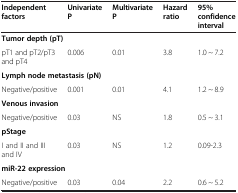
<table><thead><tr><td><b>Independent factors</b></td><td><b>Univariate P</b></td><td><b>Multivariate P</b></td><td><b>Hazard ratio</b></td><td><b>95% confidence interval</b></td></tr></thead><tbody><tr><td colspan="5"><b>Tumor depth (pT)</b></td></tr><tr><td>pT1 and pT2/pT3 and pT4</td><td>0.006</td><td>0.01</td><td>3.8</td><td>1.0 ~ 7.2</td></tr><tr><td colspan="5"><b>Lymph node metastasis (pN)</b></td></tr><tr><td>Negative/positive</td><td>0.001</td><td>0.01</td><td>4.1</td><td>1.2 ~ 8.9</td></tr><tr><td colspan="5"><b>Venous invasion</b></td></tr><tr><td>Negative/positive</td><td>0.03</td><td>NS</td><td>1.8</td><td>0.5 ~ 3.1</td></tr><tr><td colspan="5"><b>pStage</b></td></tr><tr><td>I and II and III and IV</td><td>0.03</td><td>NS</td><td>1.2</td><td>0.09-2.3</td></tr><tr><td colspan="5"><b>miR-22 expression</b></td></tr><tr><td>Negative/positive</td><td>0.03</td><td>0.04</td><td>2.2</td><td>0.6 ~ 5.2</td></tr></tbody></table>